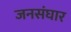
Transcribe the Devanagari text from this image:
जनसंघार